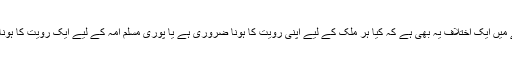
اس مسئلے میں ایک اختلاف یہ بھی ہے کہ کیا ہر ملک کے لیے اپنی رویت کا ہونا ضروری ہے یا پوری مسلم امہ کے لیے ایک رویت کا ہونا کافی ہے۔